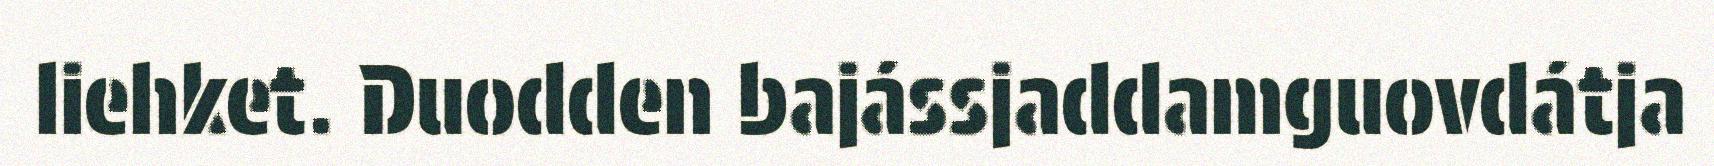
liehket. Duodden bajássjaddamguovdátja